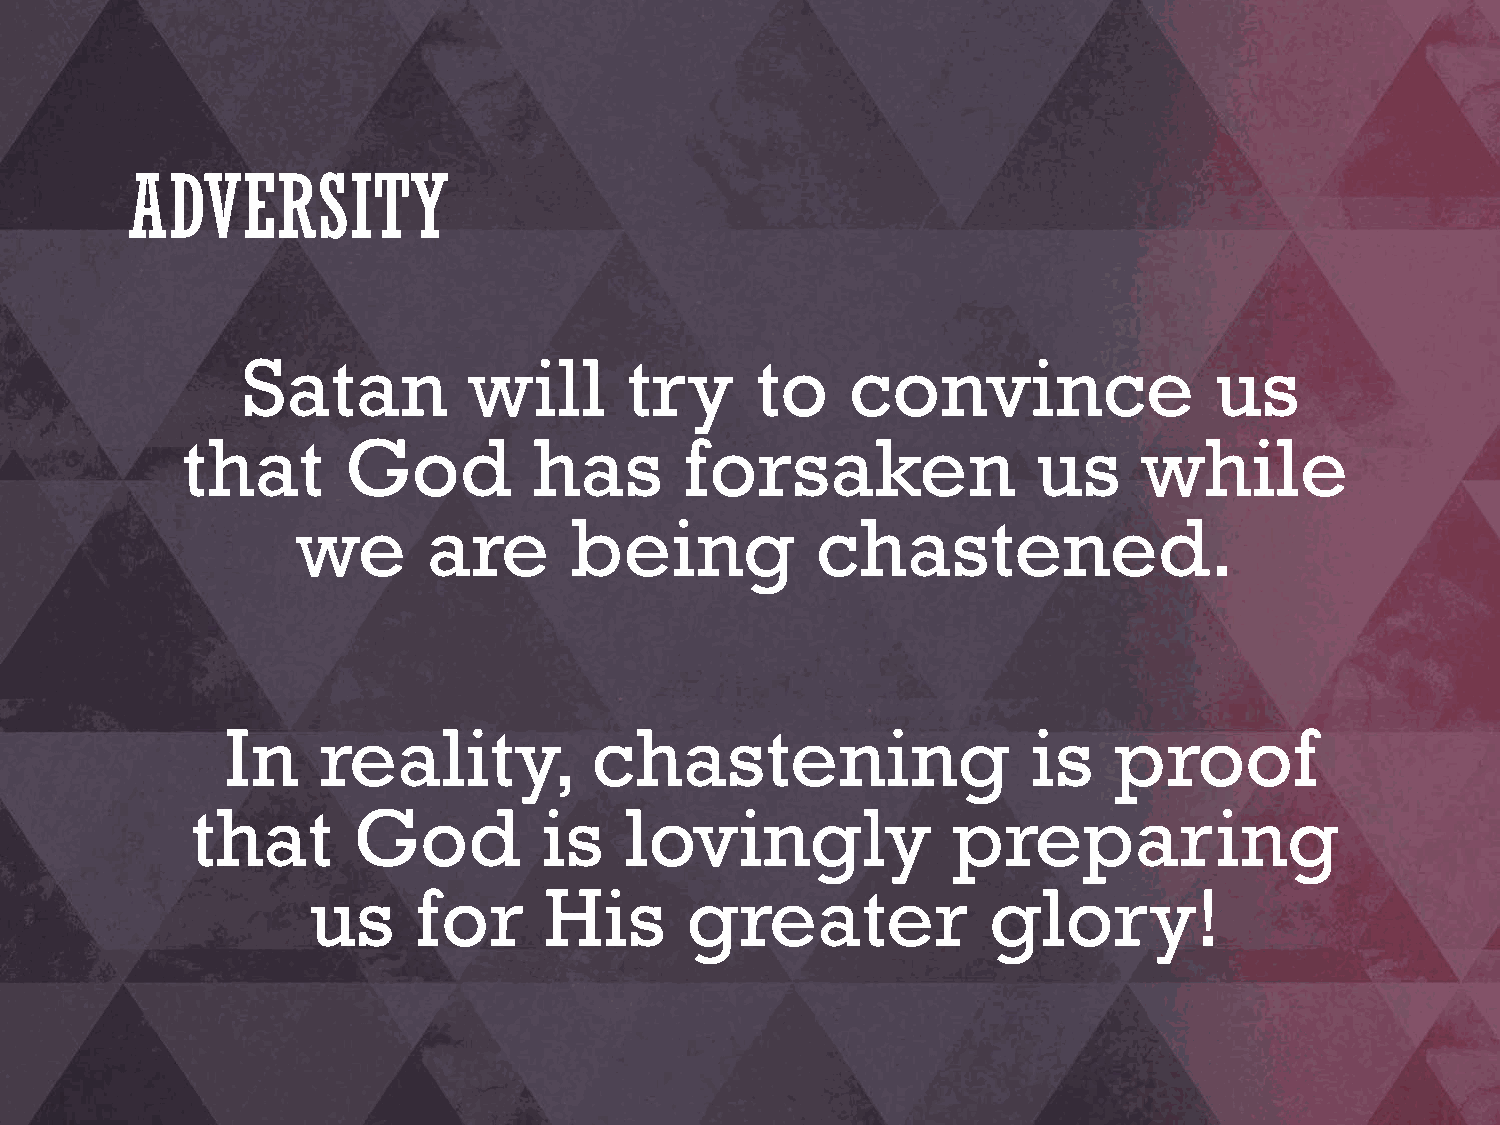
ADVERSITY
 Satan          will      try      to    convince                us
 that       God         has       forsaken                us     while
 we      are       being           chastened.
 In    reality,          chastening                   is    proof
 that      God          is   lovingly              preparing
 us     for      His      greater              glory!